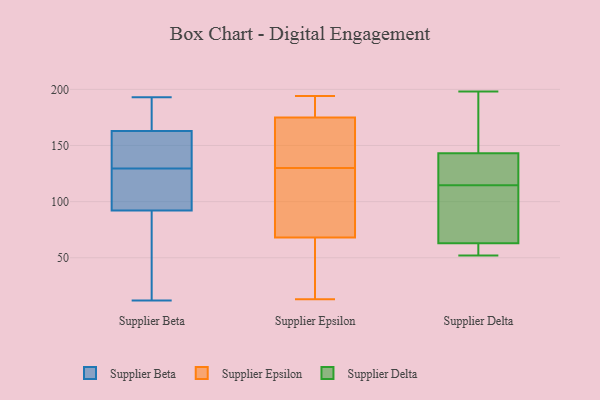
{"axis": {"x": "Energy Usage (MWh)", "y": "Value"}, "legend": ["Supplier Beta", "Supplier Delta", "Supplier Epsilon"], "data": [{"x": "", "y": 193, "type": "Supplier Beta"}, {"x": "", "y": 96, "type": "Supplier Beta"}, {"x": "", "y": 96, "type": "Supplier Beta"}, {"x": "", "y": 121, "type": "Supplier Beta"}, {"x": "", "y": 88, "type": "Supplier Beta"}, {"x": "", "y": 28, "type": "Supplier Beta"}, {"x": "", "y": 157, "type": "Supplier Beta"}, {"x": "", "y": 138, "type": "Supplier Beta"}, {"x": "", "y": 160, "type": "Supplier Beta"}, {"x": "", "y": 178, "type": "Supplier Beta"}, {"x": "", "y": 12, "type": "Supplier Beta"}, {"x": "", "y": 166, "type": "Supplier Beta"}, {"x": "", "y": 22, "type": "Supplier Epsilon"}, {"x": "", "y": 167, "type": "Supplier Epsilon"}, {"x": "", "y": 94, "type": "Supplier Epsilon"}, {"x": "", "y": 176, "type": "Supplier Epsilon"}, {"x": "", "y": 13, "type": "Supplier Epsilon"}, {"x": "", "y": 75, "type": "Supplier Epsilon"}, {"x": "", "y": 33, "type": "Supplier Epsilon"}, {"x": "", "y": 183, "type": "Supplier Epsilon"}, {"x": "", "y": 187, "type": "Supplier Epsilon"}, {"x": "", "y": 155, "type": "Supplier Epsilon"}, {"x": "", "y": 175, "type": "Supplier Epsilon"}, {"x": "", "y": 194, "type": "Supplier Epsilon"}, {"x": "", "y": 168, "type": "Supplier Epsilon"}, {"x": "", "y": 126, "type": "Supplier Epsilon"}, {"x": "", "y": 102, "type": "Supplier Epsilon"}, {"x": "", "y": 68, "type": "Supplier Epsilon"}, {"x": "", "y": 134, "type": "Supplier Epsilon"}, {"x": "", "y": 16, "type": "Supplier Epsilon"}, {"x": "", "y": 103, "type": "Supplier Delta"}, {"x": "", "y": 164, "type": "Supplier Delta"}, {"x": "", "y": 69, "type": "Supplier Delta"}, {"x": "", "y": 126, "type": "Supplier Delta"}, {"x": "", "y": 132, "type": "Supplier Delta"}, {"x": "", "y": 63, "type": "Supplier Delta"}, {"x": "", "y": 53, "type": "Supplier Delta"}, {"x": "", "y": 143, "type": "Supplier Delta"}, {"x": "", "y": 62, "type": "Supplier Delta"}, {"x": "", "y": 102, "type": "Supplier Delta"}, {"x": "", "y": 52, "type": "Supplier Delta"}, {"x": "", "y": 136, "type": "Supplier Delta"}, {"x": "", "y": 198, "type": "Supplier Delta"}, {"x": "", "y": 156, "type": "Supplier Delta"}]}